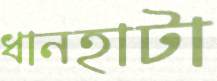
ধানহাটা